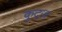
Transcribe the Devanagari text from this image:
कुट्ज़